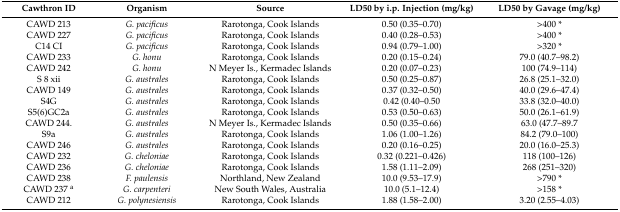
| Cawthron ID | Organism | Source | LD50 by i.p. Injection (mg/kg) | LD50 by Gavage (mg/kg) |
 | --- | --- | --- | --- | --- |
 | CAWD 213 | G. pacificus | Rarotonga, Cook Islands | 0.50 (0.35–0.70) | >400 * |
 | CAWD 227 | G. pacificus | Rarotonga, Cook Islands | 0.40 (0.28–0.53) | >400 * |
 | C14 CI | G. pacificus | Rarotonga, Cook Islands | 0.94 (0.79–1.00) | >320 * |
 | CAWD 233 | G. honu | Rarotonga, Cook Islands | 0.20 (0.15–0.24) | 79.0 (40.7–98.2) |
 | CAWD 242 | G. honu | N Meyer Is., Kermadec Islands | 0.20 (0.07–0.23) | 100 (74.9–114) |
 | S 8 xii | G. australes | Rarotonga, Cook Islands | 0.50 (0.25–0.87) | 26.8 (25.1–32.0) |
 | CAWD 149 | G. australes | Rarotonga, Cook Islands | 0.37 (0.32–0.50) | 40.0 (29.6–47.4) |
 | S4G | G. australes | Rarotonga, Cook Islands | 0.42 (0.40–0.50 | 33.8 (32.0–40.0) |
 | S5(6)GC2a | G. australes | Rarotonga, Cook Islands | 0.53 (0.50–0.63) | 50.0 (26.1–61.9) |
 | CAWD 244. | G. australes | N Meyer Is., Kermadec Islands | 0.50 (0.35–0.66) | 63.0 (47.7–89.7 |
 | S9a | G. australes | Rarotonga, Cook Islands | 1.06 (1.00–1.26) | 84.2 (79.0–100) |
 | CAWD 246 | G. australes | Rarotonga, Cook Islands | 0.20 (0.16–0.25) | 20.0 (16.0–25.3) |
 | CAWD 232 | G. cheloniae | Rarotonga, Cook Islands | 0.32 (0.221–0.426) | 118 (100–126) |
 | CAWD 236 | G. cheloniae | Rarotonga, Cook Islands | 1.58 (1.11–2.09) | 268 (251–320) |
 | CAWD 238 | F. paulensis | Northland, New Zealand | 10.0 (9.53–17.9) | >790 * |
 | CAWD 237 a | G. carpenteri | New South Wales, Australia | 10.0 (5.1–12.4) | >158 * |
 | CAWD 212 | G. polynesiensis | Rarotonga, Cook Islands | 1.88 (1.58–2.00) | 3.20 (2.55–4.03) |